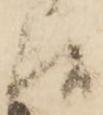
候